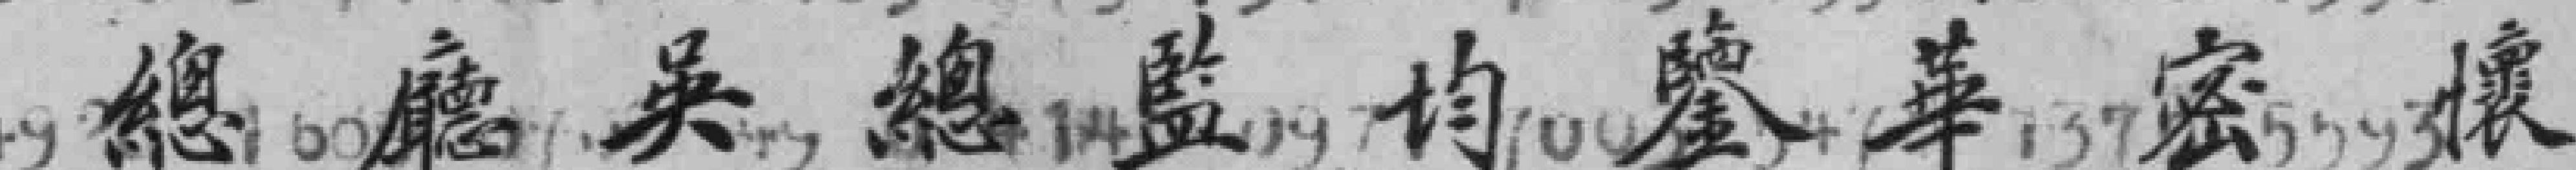
總廳吳總監均鑒華密懷